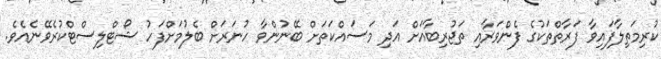
ކުރިމަތިލާފައިވާ ފަރާތްތަކުގެ ފެންވަރާއި ތަޖުރިބާއަށް އަދި މަސައްކަތަށް ބޭނުންވާ ހުނަރަށް ބެލުމަށްފަހު ޝޯޓްލިސްޓްކުރެވޭނެއެވެ.